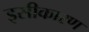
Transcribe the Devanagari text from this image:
इसीकारण